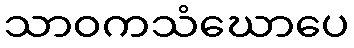
သာဝကသံဃောပေ